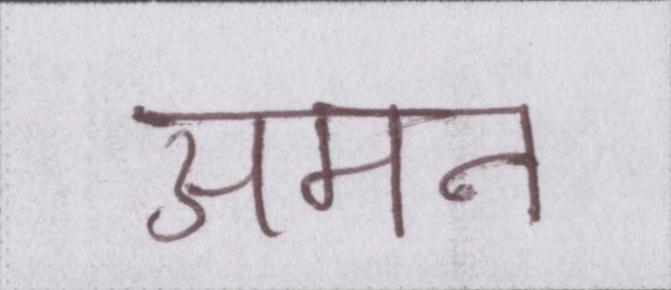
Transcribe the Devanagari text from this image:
अमन